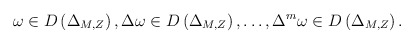
\begin{align*}\omega\in D\left(\Delta_{M,Z}\right), \Delta\omega\in D\left(\Delta_{M,Z}\right),\ldots,\Delta^m\omega\in D\left(\Delta_{M,Z}\right).\end{align*}